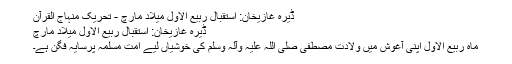
ڈیرہ غازیخان: استقبال ربیع الاول میلاد مارچ - تحریک منہاج القرآن
ڈیرہ غازیخان: استقبال ربیع الاول میلاد مارچ
ماہ ربیع الاول اپنی آغوش میں ولادت مصطفی صلی اللہ علیہ وآلہ وسلم کی خوشیاں لیے امت مسلمہ پرسایہ فگن ہے۔